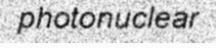
photonuclear